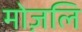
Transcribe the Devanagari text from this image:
मोज़लि